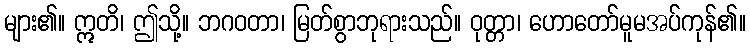
များ၏။ ဣတိ၊ ဤသို့။ ဘဂဝတာ၊ မြတ်စွာဘုရားသည်။ ဝုတ္တာ၊ ဟောတော်မူမအပ်ကုန်၏။